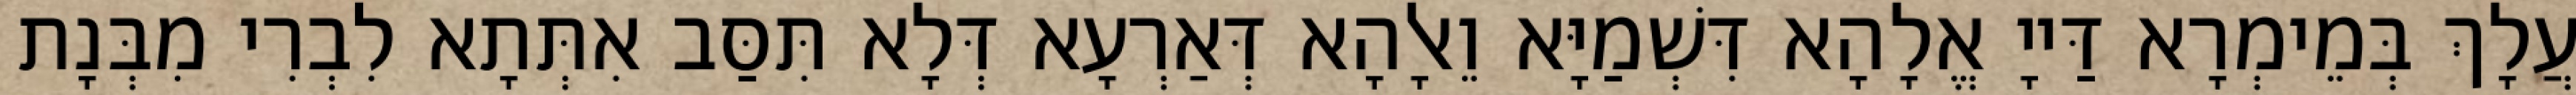
עֲלָךְ בְּמֵימְרָא דַּייָ אֱלָהָא דִּשְׁמַיָּא וֵאלָהָא דְּאַרְעָא דְּלָא תִּסַּב אִתְּתָא לִבְרִי מִבְּנָת